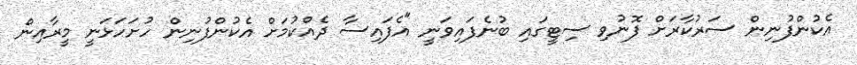
އެކުންފުނިން ސަރުކާރަށް ފޮނުވި ސިޓީގައި ބުނެފައިވަނީ "އެފައިސާ ދެއްކުމަށް އެކުންފުނިން ހުށަހަޅަނީ މީރާއިން